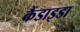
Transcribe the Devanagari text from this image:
कैंडाइडा